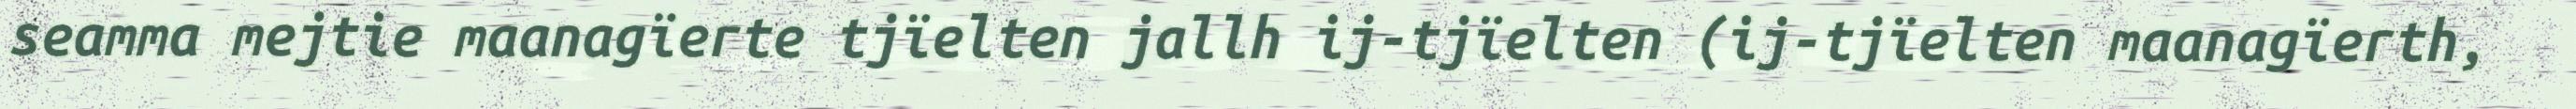
seamma mejtie maanagïerte tjïelten jallh ij-tjïelten (ij-tjïelten maanagïerth,